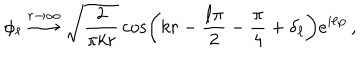
\phi _ { \ell } \stackrel { r \rightarrow \infty } { \longrightarrow } \sqrt { \frac { 2 } { \pi k r } } \cos \left( k r - \frac { \ell \pi } { 2 } - \frac { \pi } { 4 } + \delta _ { \ell } \right) e ^ { i \ell \varphi } \, ,